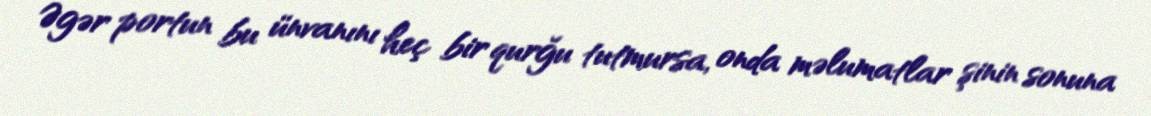
Əgər portun bu ünvanını heç bir qurğu tutmursa, onda məlumatlar şinin sonuna